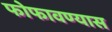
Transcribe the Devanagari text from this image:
फोफावण्यास